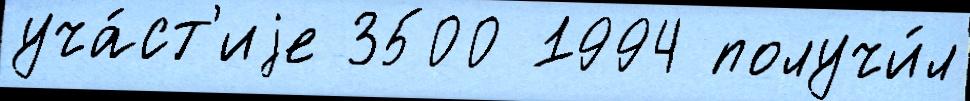
уча́ст'иjе 3500 1994 получи́л